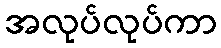
အလုပ်လုပ်ကာ